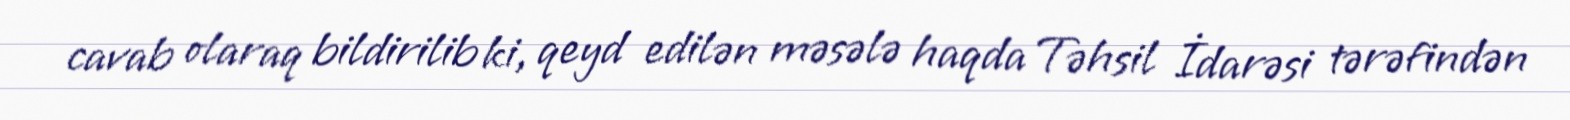
cavab olaraq bildirilib ki, qeyd edilən məsələ haqda Təhsil İdarəsi tərəfindən